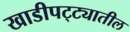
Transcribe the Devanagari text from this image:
खाडीपट्ट्यातील